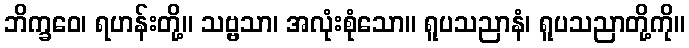
ဘိက္ခဝေ၊ ရဟန်းတို့။ သဗ္ဗသာ၊ အလုံးစုံသော။ ရူပသညာနံ၊ ရူပသညာတို့ကို။